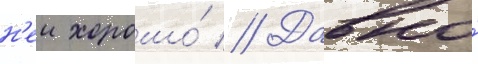
н'еи хорошо́ // Давно́